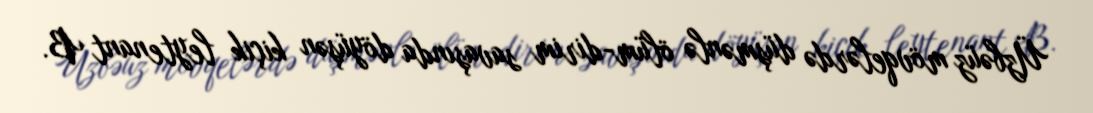
Üzbəüz mövqelərdə düşmənlə ölüm-dirim savaşında döyüşən kiçik leytenant B.